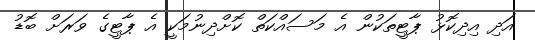
އަދި އިދިކޮޅު ޕާޓީތަކުން އެ މަސައްކަތް ކޮށްދިނުމަކީ އެ ޕާޓީގެ ވަރަށް ބޮޑު